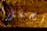
تحفل